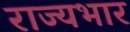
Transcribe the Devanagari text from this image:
राज्‍यभार